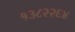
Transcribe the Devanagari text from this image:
१३८२२६४